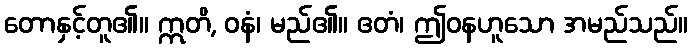
တောနှင့်တူ၏။ ဣတိ, ဝနံ၊ မည်၏။ ဧတံ၊ ဤဝနဟူသော အမည်သည်။